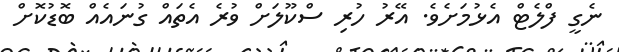
ނެގީ ފްލެޓް އެޅުމަށެވެ. އޭރު ހުރި ސްކޫލަށް ވުރެ އެތައް ގުނައެއް ބޮޑުކޮށް